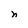
Character: n